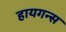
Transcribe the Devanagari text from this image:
हायगन्स